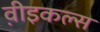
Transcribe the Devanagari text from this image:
व़ीइकल्स